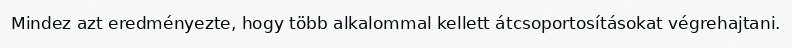
Mindez azt eredményezte, hogy több alkalommal kellett átcsoportosításokat végrehajtani.